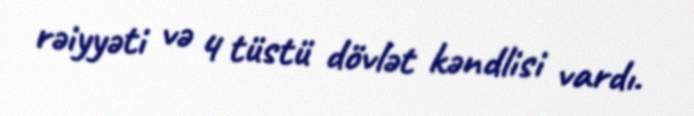
rəiyyəti və 4 tüstü dövlət kəndlisi vardı.